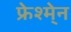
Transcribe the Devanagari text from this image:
फ्रेश्मे्न